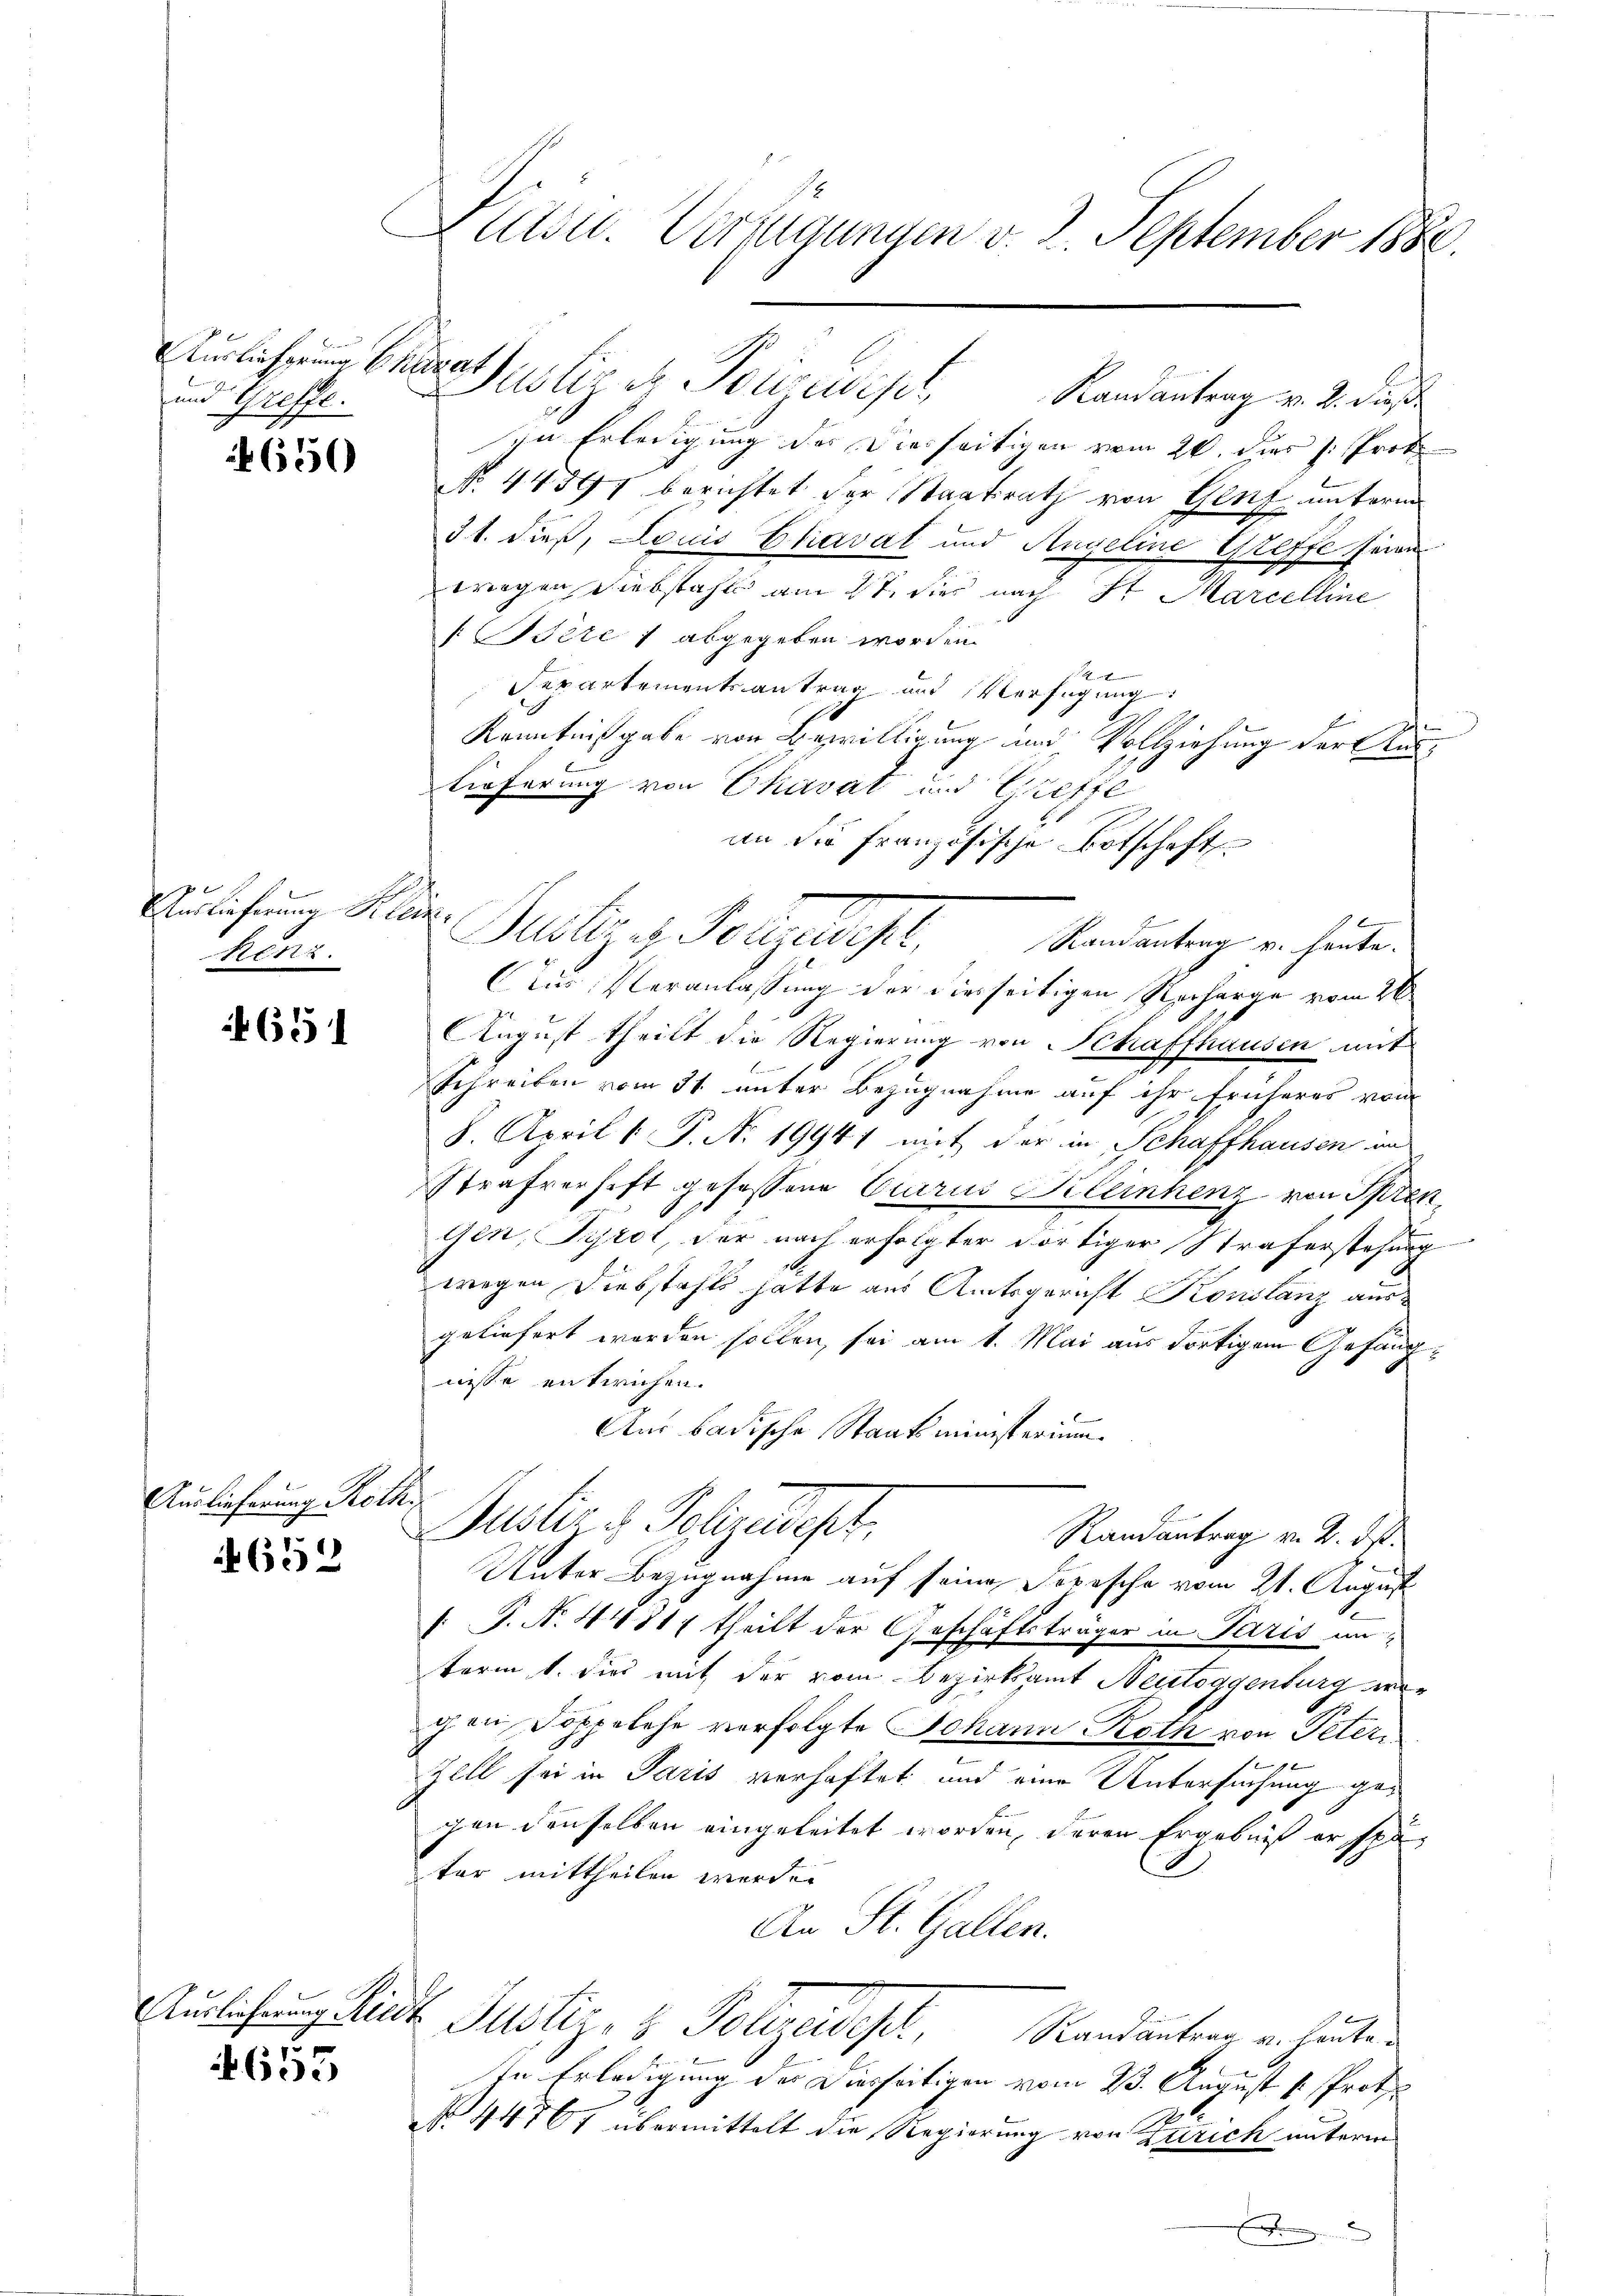
Auslieferung Ehegat
und Greffe.

650

x
Auslieferung Klein,
Renz.

651

Auslieferung Roth

652

8
605

E
Klettet. Verzigungen v. 2. September 1880.

Randantrag v. 2. dieß
In Erledigung des Diesseitigen vom 20. dir z. Prof.
N. 44597 berichtet der Staatsrath von Genf unterm
31. dieß, Louis Ekaval und Angeline Greffe seine
tragen Diebstahls am 17. dies nach St. Marcelline
[Bdere 1 abgegeben worden.
u
g
Separtementsantrag und Verfügung
Kenntnißgabe von Bewilligung und Vollziehung der Aus¬
Lieferung von Ekavat und Greffe
an die Französische Botschaft
Justiz Herzlichel
Randantrag u. heute.
Aus Veranlassung der diesseitigen Recharge vom 26
August theilt die Regierung von Schaffhausen mit
Schreiben vom 31. unter Bezugnahme auf ihr früheres vom
8. April 1 P. Nr. 19941 mit der in Schaffhausen an
Strafverhaft gefassene Carus Kleinhenz von Spren
gen, Tyrol, der nach erfolgter dortiger Straferstehung
wegen Diebstahls hatte aus Amtsgericht Konstanz ausgeliefert worden sollen, sei am 1. Mai aus dortigem Gefängnisse entwichen.
Aus badische Staatsministerium.
Justiz & Polizeist,
Randantrag v. 2. ds.
Unter Bezugnahme auf seine Sopische vom 21. August
 P. N. 4431/ theilt der Geschäftsträger in Paris in
term 1. dies mit der vom Bezirksamt Neutoggenburg vor
gen Doppelehe verfolgte Johann Roth von Peter,
 x
Zell sei in Paris verhaftet und eine Untersuchung gegen denselben eingeleitet worden, deren Ergebniß er später mittheilen werde.
An St. Gallen.
Auslichung Minde Justiz- & Polizeidisc
Randantrag u. heute
In Erledigung der Diesseitigen vom 23. August v. Prot
1
.
No 44707 übermittelt die Regierung von Zürich unterm
f

Justiz u. Touriest,